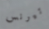
تيرنس